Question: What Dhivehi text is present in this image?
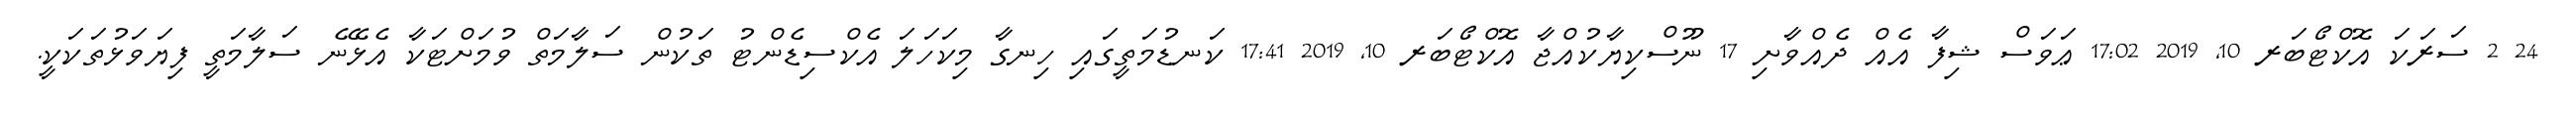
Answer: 24 2 ސަރަކަ އޮކްޓޯބަރ 10, 2019 17:02 ޢަވަސް ޝިފާ އެއް ދެއްވާށި 17 ނޫސްކިޔާކުއްޖާ އޮކްޓޯބަރ 10, 2019 17:41 ކަނޑުމަތީގައި ހިނގާ މިކަހަލަ އެކްސިޑެންޓު ތަކުން ސަލާމަތް ވުމަށްޓަކާ އެޅޭނެ ސަލާމަތީ ފިޔަވަޅުތަކަކީ.